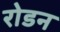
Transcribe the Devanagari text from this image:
रोडन